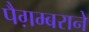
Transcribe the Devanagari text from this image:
पैग़म्बराने